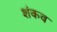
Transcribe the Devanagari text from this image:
शंकव